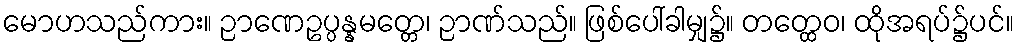
မောဟသည်ကား။ ဉာဏေဥပ္ပန္နမတ္တေ၊ ဉာဏ်သည်။ ဖြစ်ပေါ်ခါမျှ၌။ တတ္ထေဝ၊ ထိုအရပ်၌ပင်။